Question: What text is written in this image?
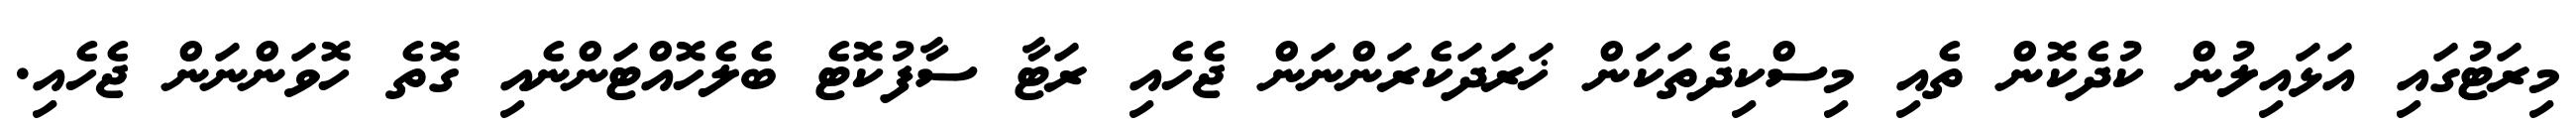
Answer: މިރަޓުގައި އަޅައިލުން ކުދެކޮން ތެއި މިސްކިދެތަކަން ޚަރަދަކެރަންނަން ޖެހެއި ރަޓާ ސާފުކޮޓެ ބެލެހޮއްޓަންނެއި ގޮތެ ހޮވަންނަން ޖެހެއި.